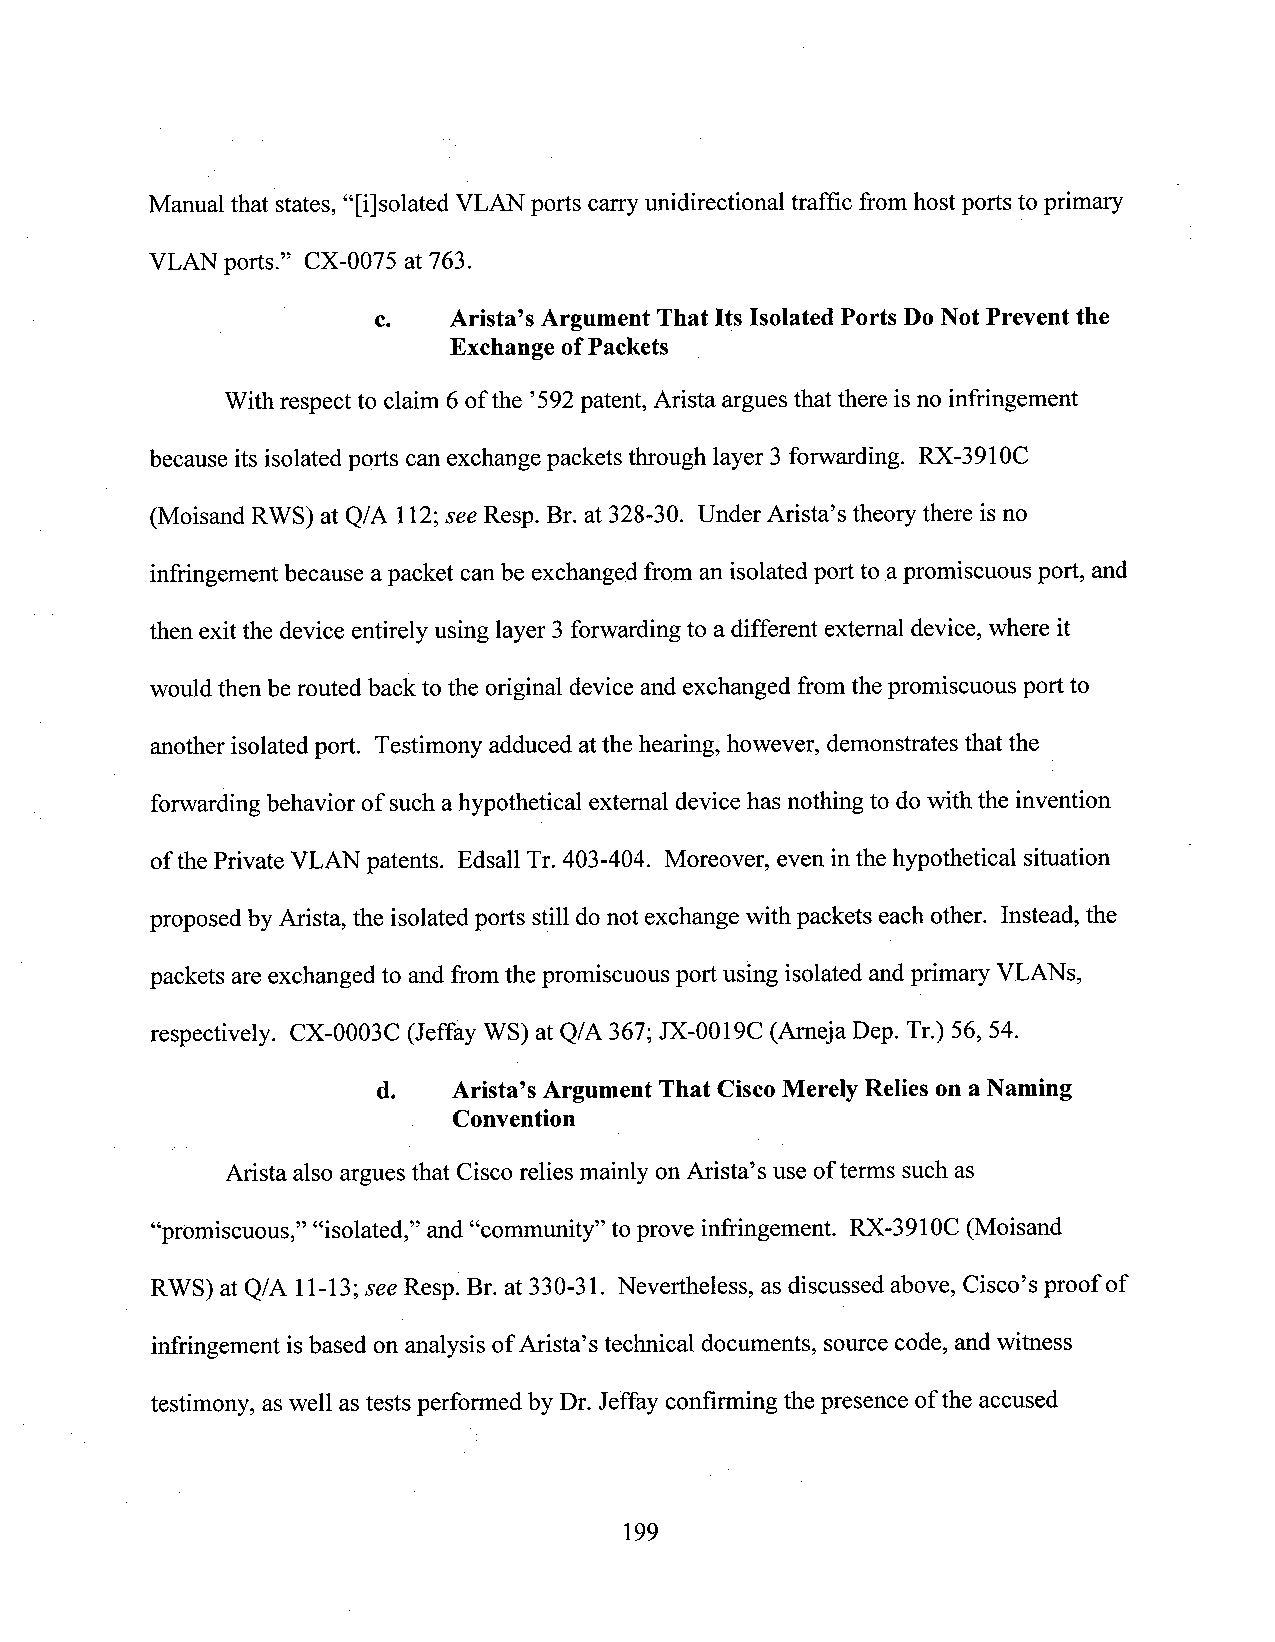
Manual that states, “[i]solated VLAN ports carry unidirectional traffic from host ports to primary
 VLAN ports.” CX-0075 at 763.
 c.   Arista’s Argument That Its Isolated Ports D0NotPrevent the
 Exchange ofPackets
 Withrespect to claim 6of the ’592patent, Arista argues that there isno infringement
 because its isolated ports can exchange packets through layer 3 forwarding. RX-3910C
 (Moisand RWS) at-Q/A 112;see Resp. Br. at 328-30. Under Arista’s theory there is no
 infringement because apacket can be exchanged from an isolated port to_apromiscuous port, and
 then exitthe device entirely using layer 3 forwarding to a different external device, where it
 wouldthen be routed back to the original device and exchanged from the promiscuous port to
 another isolated port. Testimony adduced atthe hearing, however, demonstrates that the
 forwarding behavior of such ahypothetical extemal device has nothing to do with the invention
 of thePrivate VLAN patents. Edsall Tr.403-404. Moreover, even inthe hypothetical situation
 proposed by Arista, the isolated ports still donot exchange with packets each other. Instead, the
 packets areexchanged to and fromthe promiscuous port using isolated andprimary VLANs,
 respectively. CX-0003C (Jeffay WS) at Q/A 367; JX-0019C (Ameja Dep. Tr.) 56, 54.
 d.   Arista’s Argument That CiscoMerely Relieson a Naming
 Convention
 Arista also argues that Ciscorelies mainly onArista’s use ofterms such as
 “promiscuous,” “isolated,” and “community” to prove infringement. RX-3910C (Moisand
 RWS) at Q/A 11-13;see Resp; Br. at 330-31. Nevertheless, as discussed above, Cisco’s proof of
 infringement isbased on analysis of Arista’stechnical documents, sourcecode, and witness
 testimony, aswell astests performed by Dr. Jeffay confirming the presence ofthe accused
 199